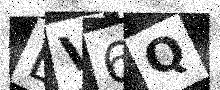
Text: EV6Q